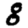
Digit: 8